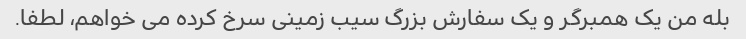
بله من یک همبرگر و یک سفارش بزرگ سیب زمینی سرخ کرده می خواهم، لطفا.